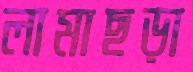
লামাছড়া